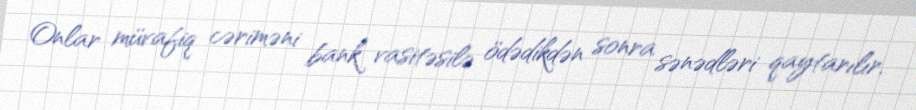
Onlar müvafiq cəriməni bank vasitəsilə ödədikdən sonra sənədləri qaytarılır.